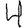
Digit: 4